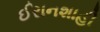
ઈરાનશાહી